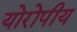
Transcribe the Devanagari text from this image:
योरोपीय